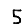
Digit: 5